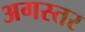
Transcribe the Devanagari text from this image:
अगस्तर